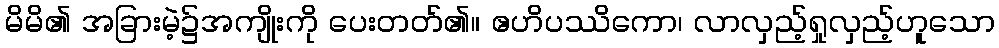
မိမိ၏ အခြားမဲ့၌အကျိုးကို ပေးတတ်၏။ ဧဟိပဿိကော၊ လာလှည့်ရှုလှည့်ဟူသော